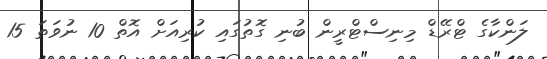
ލަންކާގެ ޓްރޭޑް މިނިސްޓްރީން ބުނި ގޮތުގައި ކުރިއަށް އޮތް 10 ނުވަތަ 15